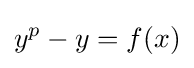
y^{p}-y=f(x)